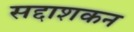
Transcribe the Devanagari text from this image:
सद्दाशकन